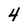
Character: 4